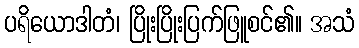
ပရိယောဒါတံ၊ ပြိုးပြိုးပြက်ဖြူစင်၏။ အသံ